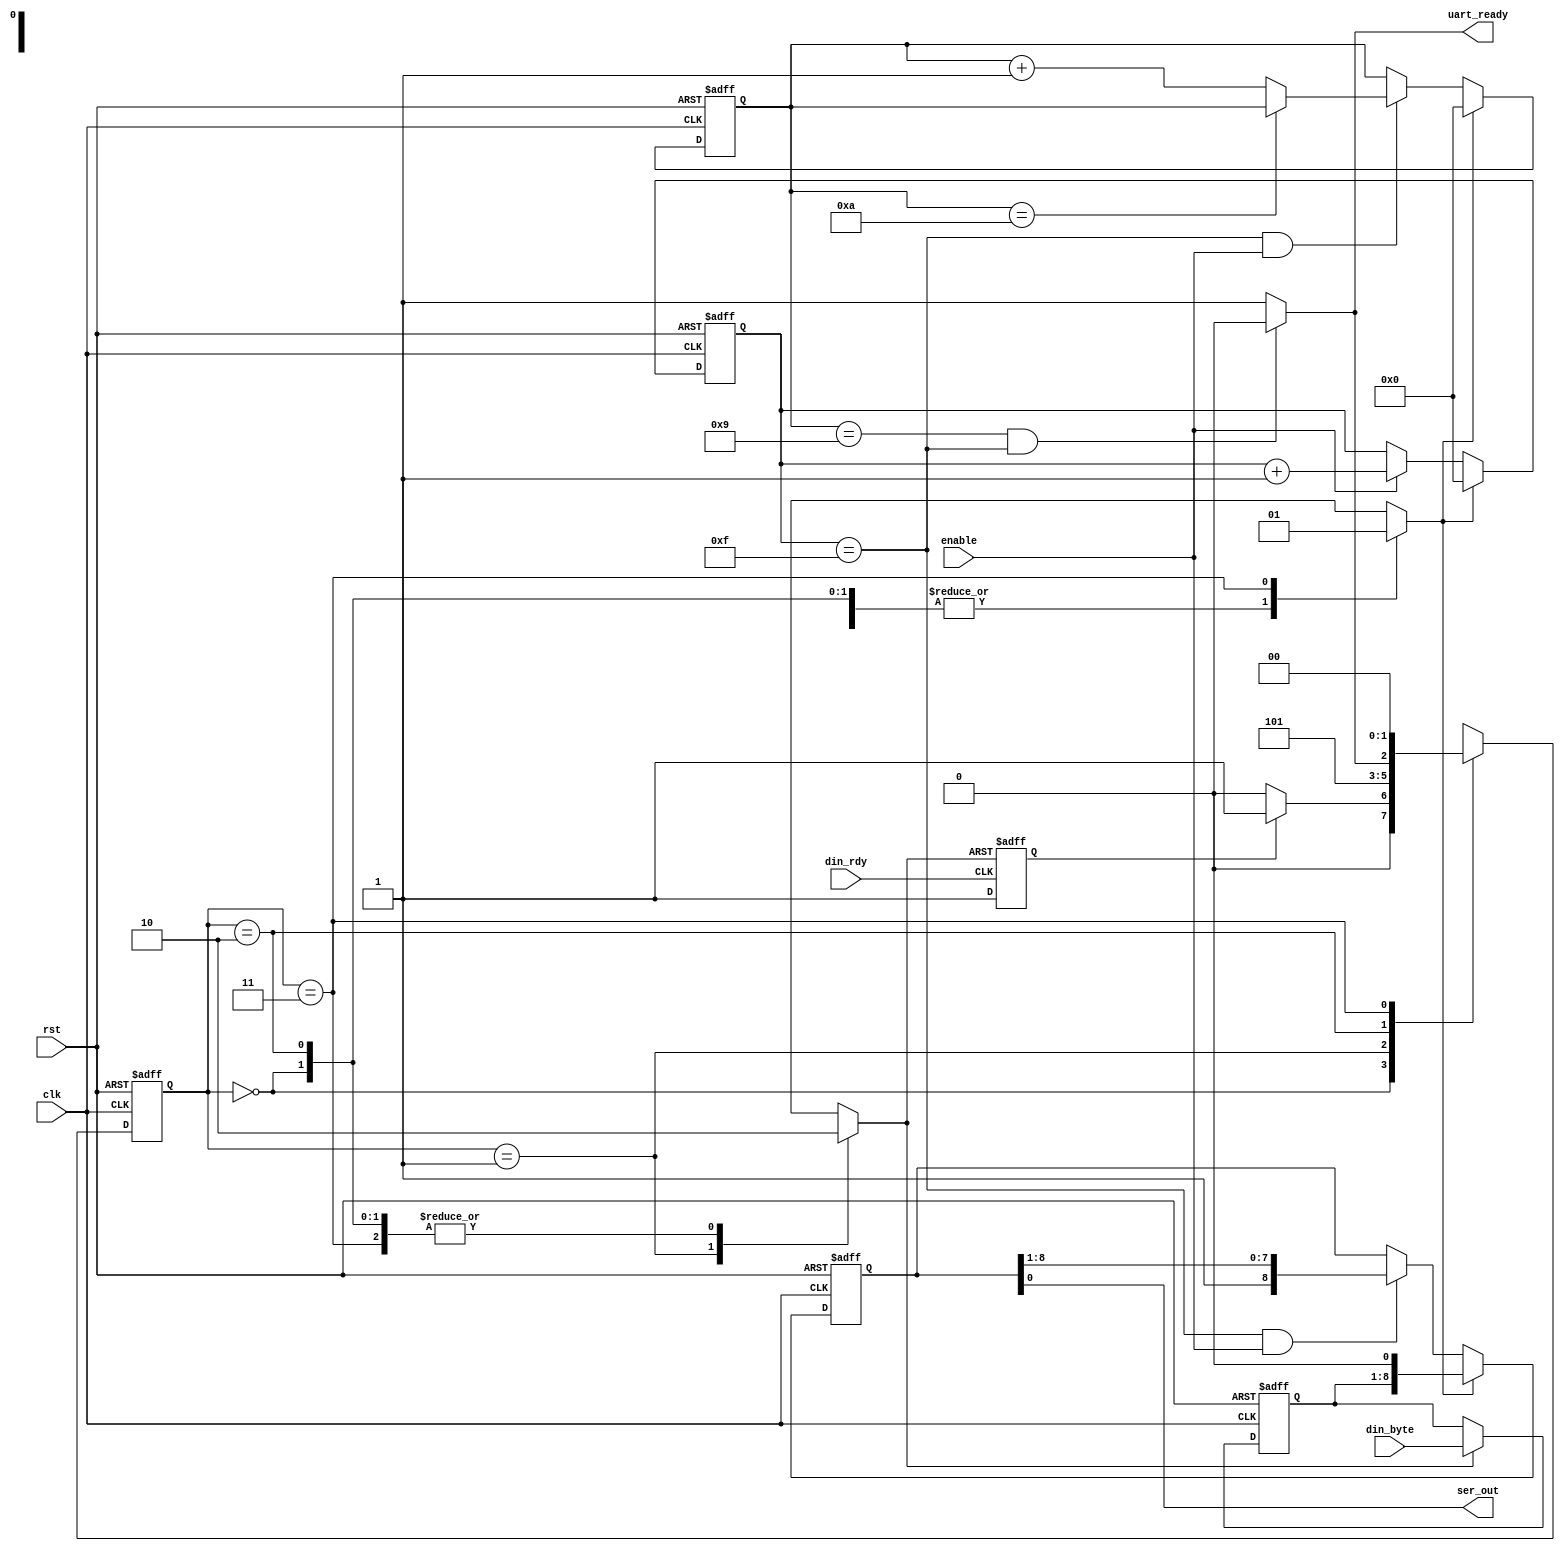
module uart_tx(clk,rst,enable,din_rdy,din_byte,ser_out,uart_ready);

input clk;
input rst;
input enable;
input din_rdy;
input [7:0] din_byte;

output ser_out;
output uart_ready;

wire ser_out;

reg [8:0] data_buf;
reg [7:0] datareg;
reg [3:0] shift_count;
reg [3:0] sample_count;
reg rst_din_rdy;
reg ld_shift;
reg ld_data;
reg rst_sample_count;
reg din_rdyreg;
reg [1:0] state;
reg [1:0] nstate;

parameter idle=0, load_data=1, wait_txdone=2, shift=3;

initial
din_rdyreg=0;
 
always@(posedge din_rdy or posedge rst_din_rdy)	
	if(rst_din_rdy)
		din_rdyreg <= 0;
	else 
		din_rdyreg <= 1;
	
assign ser_out = data_buf[0];

// register the incoming data 
always @(posedge clk or posedge rst)
begin
	if(rst)
		datareg <= 0;
	else if(ld_data) 
		datareg <= din_byte; 
end

always @(posedge clk or posedge rst)
begin
	if(rst)
		data_buf <= 9'h1ff;
	else if(ld_shift) ///din_rdy
		data_buf <= {datareg,1'b0};	// at just arriving the start_bit_sig, we load data into data_bffer
	else if ((sample_count==15)&(enable))
	     data_buf <= {1'b1,data_buf[8:1]};
	else 
	     data_buf <= data_buf;		     
end
	 
// counter that count shift in data buffer logic
always @(posedge clk or posedge rst)
begin
	if(rst)
		shift_count <= 4'ha;
	else if(rst_sample_count)	 //din ready synced
		shift_count <= 0;
	else if ((sample_count==15)&&(enable))
		begin
		if (shift_count==4'ha)
			shift_count <= shift_count;
		else
	     	shift_count<=shift_count+1;
		end
	else
		shift_count <= shift_count;
end

// counter that count shift in data buffer logic
always @(posedge clk or posedge rst)
begin
	if(rst)
		sample_count <= 0;
	else if(rst_sample_count)	 //din ready synced
		sample_count <= 0;
	else  if (enable)
		sample_count<=sample_count+1;
	else
		sample_count<=sample_count;
	
end

assign uart_ready = ((shift_count==9)&&(sample_count==15))?0:1;

always @(posedge clk or posedge rst)
if (rst)
state<=0;
else 
state<=nstate;

always @(state or din_rdyreg or uart_ready)
begin
ld_data=0;
rst_din_rdy=0;
ld_shift=0;
rst_sample_count=0;

case (state)
idle: 		if(din_rdyreg)
				begin
					nstate=load_data;
				end
	 			else
	 				nstate=idle;

load_data:	begin
				rst_din_rdy=1;
				ld_data=1;
				nstate=wait_txdone;
		      end

wait_txdone:if(uart_ready)
					nstate=shift;
				else
					nstate=wait_txdone;
				
shift:		begin
				ld_shift=1;
				rst_sample_count=1;
				nstate=idle;
				end	

default:		nstate=idle;

endcase
end

endmodule